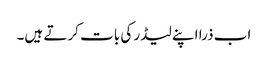
اب ذرا اپنے لیڈر کی بات کرتے ہیں۔